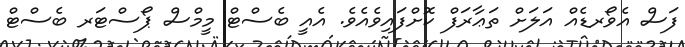
ފަސް އެވޯރޑެއް އަލަށް ތަޢާރަފް ކޮށްފައިވެއެވެ. އެއީ ބެސްޓް މީމްސް ޕޯސްޓަރ ބެސްޓް